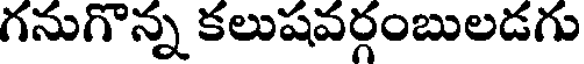
గనుగొన్న కలుషవర్గంబులడగు